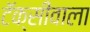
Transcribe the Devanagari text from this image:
टॅक्सीवाला